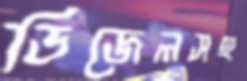
ডিজেলসহ